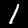
Digit: 1